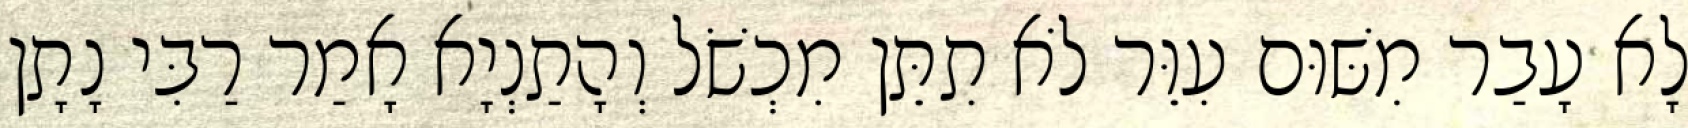
לָא עָבַר מִשּׁוּם עִוֵּר לֹא תִתֵּן מִכְשֹׁל וְהָתַנְיָא אָמַר רַבִּי נָתָן